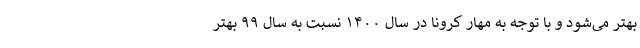
بهتر می‌شود و با توجه به مهار کرونا در سال ۱۴۰۰ نسبت به سال ۹۹ بهتر